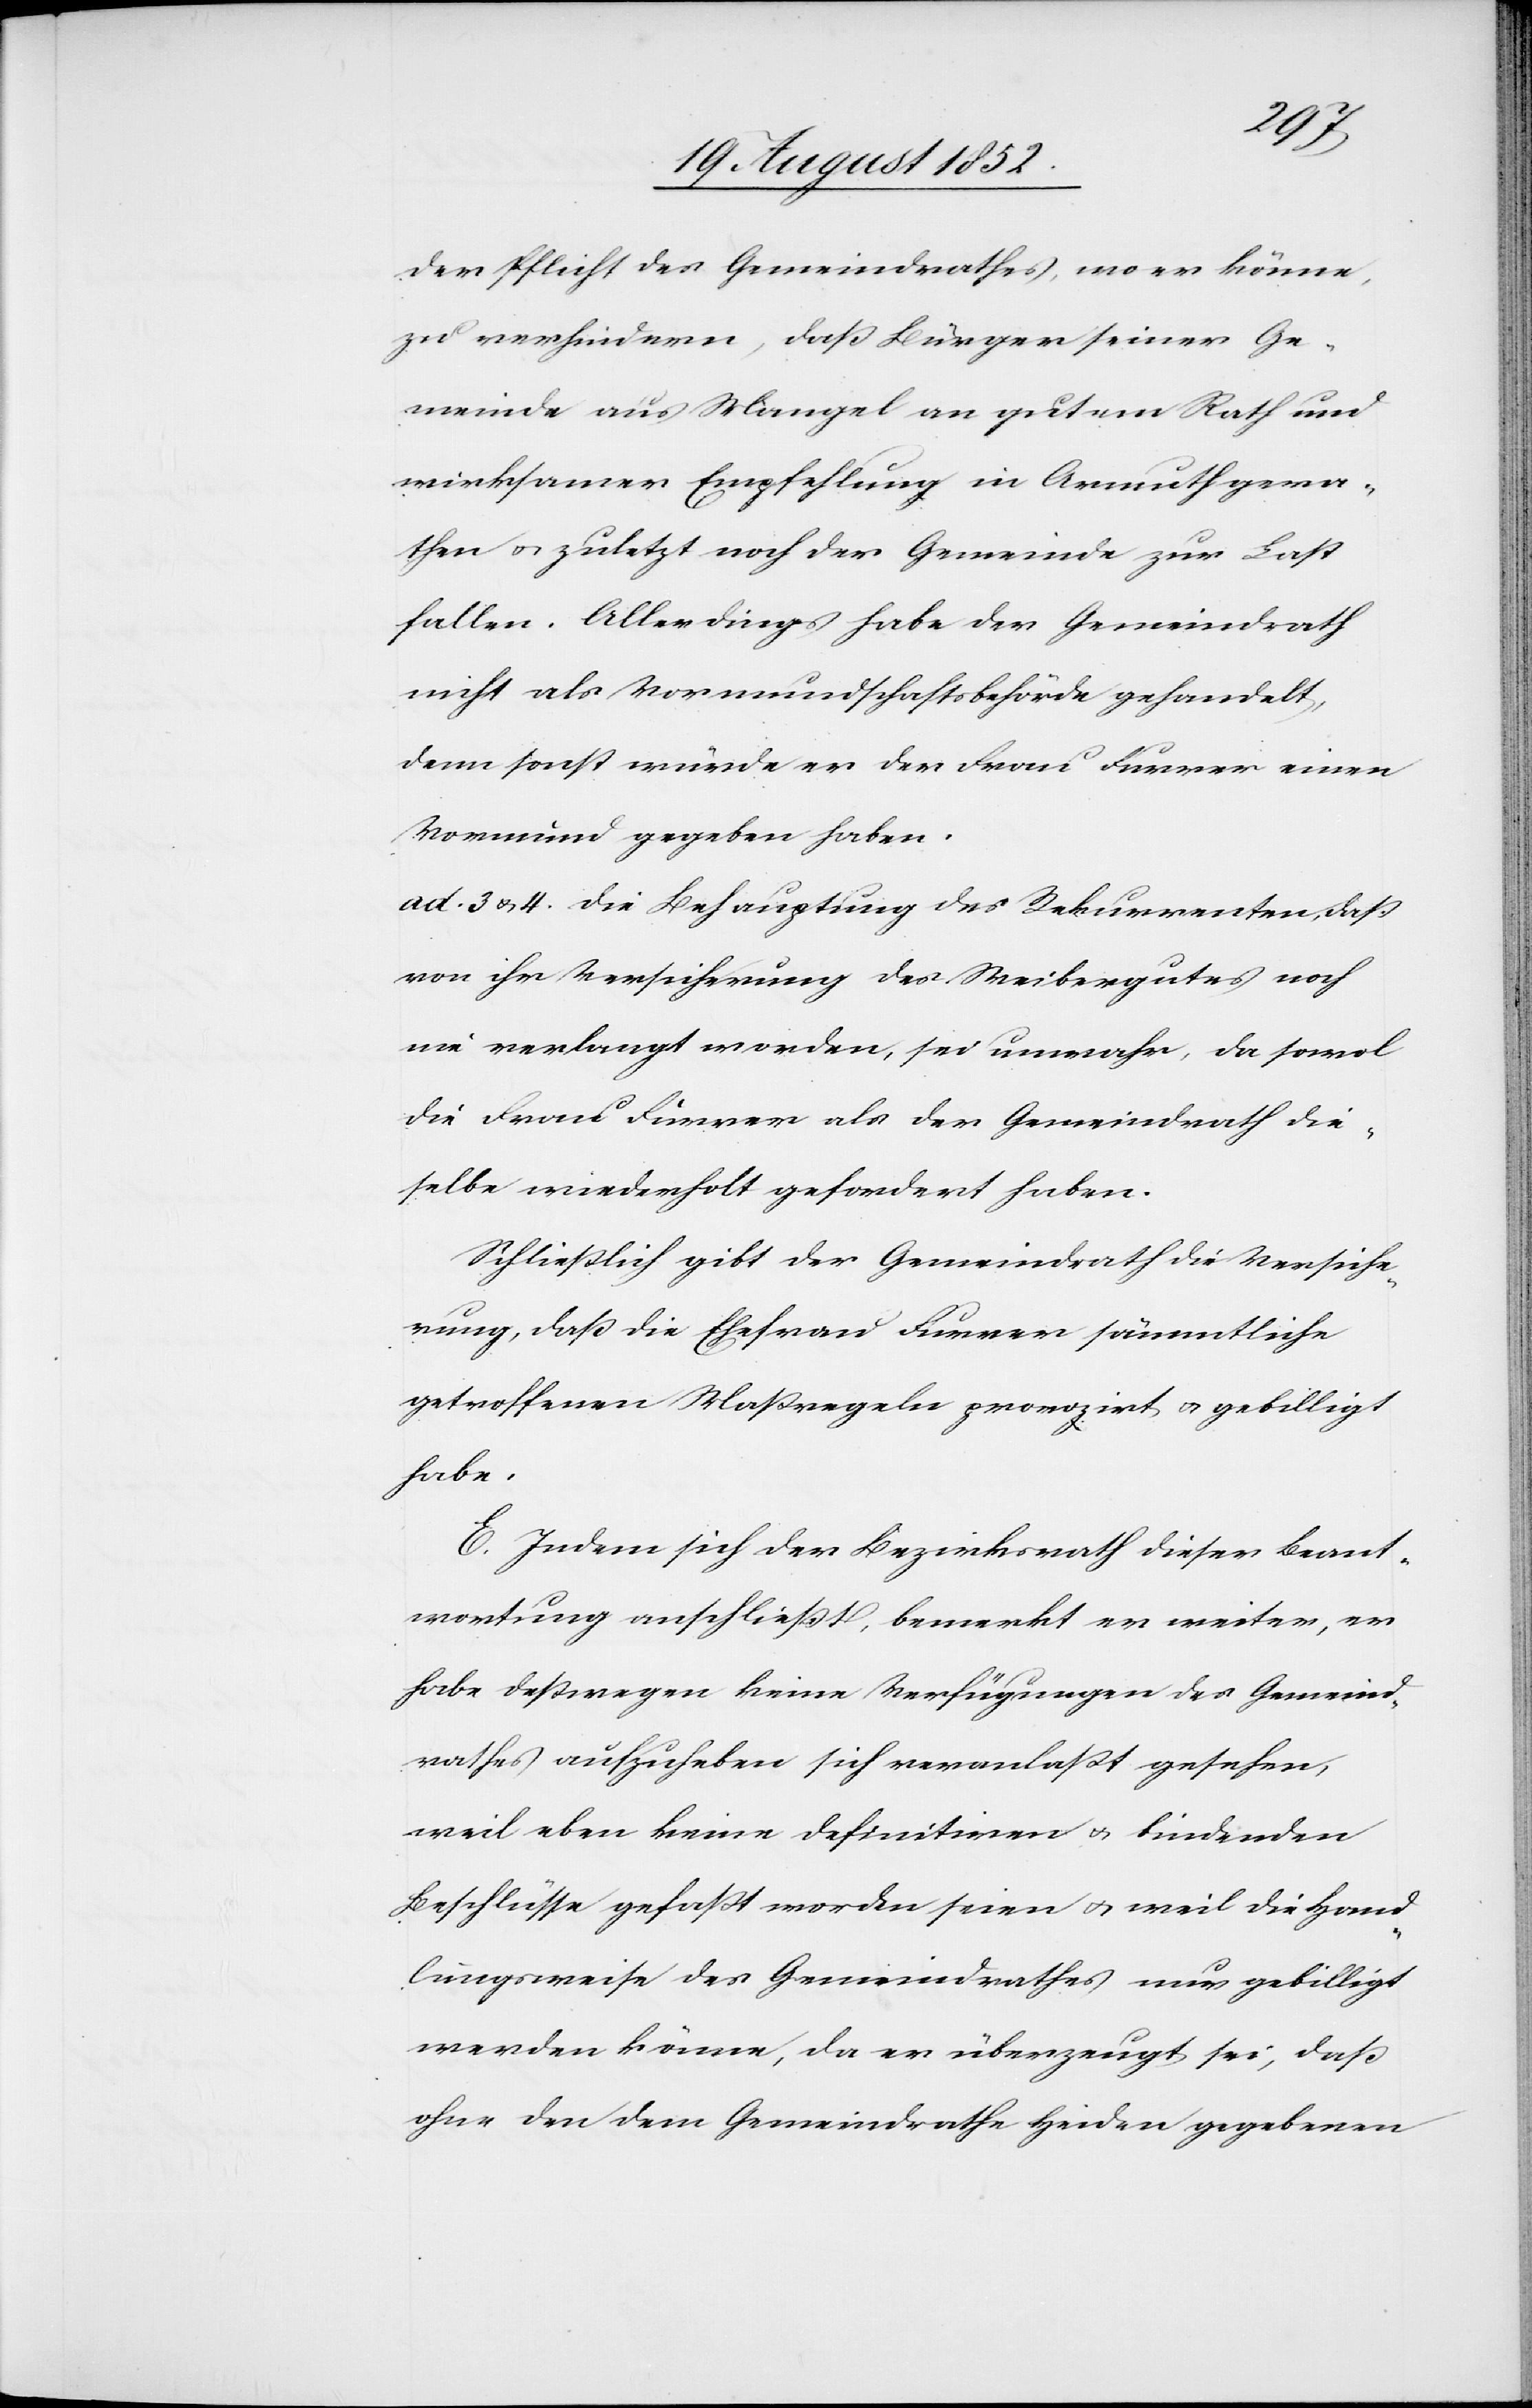
der Pflicht des Gemeindrathes, wo er könne,
zu verhindern, daß Bürger seiner Ge¬
meinde aus Mangel an gutem Rath und
wirksamer Empfehlung in Armuth gera¬
then & zuletzt noch der Gemeinde zur Last
fallen. Allerdings habe der Gemeindrath
nicht als Vormundschaftsbehörde gehandelt,
denn sonst würde er der Frau Furrer einen
Vormund gegeben haben.
ad. 3 & 4. Die Behauptung des Rekurrenten, daß
von ihr Versicherung des Weibergutes noch
nie verlangt worden, sei unwahr, da sowo[h]l
die Frau Furrer als der Gemeindrath die¬
selbe wiederholt gefordert haben.
Schließlich gibt der Gemeindrath die Versiche¬
rung, daß die Ehefrau Furrer sämmtliche
getroffenen Maßregeln provozirt & gebilligt
habe.
E. Indem sich der Bezirksrath dieser Beant¬
wortung anschließt, bemerkt er weiter, er
habe deßwegen keine Verfügungen des Gemeind¬
rathes aufzuheben sich veranlaßt gesehen,
weil eben keine definitiven & bindenden
Beschlüsse gefaßt worden seien & weil die Hand¬
lungsweise des Gemeindrathes nur gebilligt
werden könne, da er überzeugt sei, daß
ohne den dem Gemeindrathe Heiden gegebenen